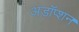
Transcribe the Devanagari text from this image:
अडॉप्शन